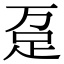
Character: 趸